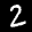
Label: 2